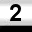
Digit: 2